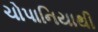
ચોપાનિયાથી